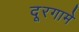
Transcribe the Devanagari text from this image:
दूरगामे